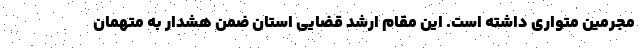
مجرمین متواری داشته است. این مقام ارشد قضایی استان ضمن هشدار به متهمان